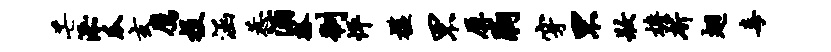
芒添瓜玄鹰投涵惹酒瓢制怦槛罘屏胸穿罘妆檐斫翅毒